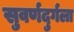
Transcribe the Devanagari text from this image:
सुवर्णदुर्गला